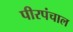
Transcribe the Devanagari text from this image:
पीरपंचाल